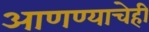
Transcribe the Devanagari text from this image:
आणण्याचेही